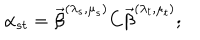
LaTeX: \alpha _ { s t } = \vec { \beta } ^ { ( \lambda _ { s } , \mu _ { s } ) } C \vec { \beta } ^ { ( \lambda _ { t } , \mu _ { t } ) } ;